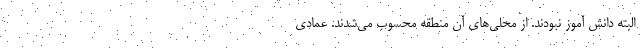
البته دانش آموز نبودند. از محلی‌های آن منطقه محسوب می‌شدند. عمادی